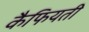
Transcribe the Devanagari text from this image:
कैफियती